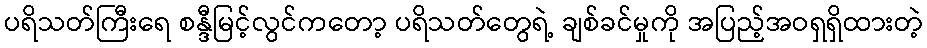
ပရိသတ်ကြီးရေ စန္ဒီမြင့်လွင်ကတော့ ပရိသတ်တွေရဲ့ ချစ်ခင်မှုကို အပြည့်အဝရှရှိထားတဲ့